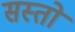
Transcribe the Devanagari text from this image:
सस्तो